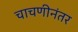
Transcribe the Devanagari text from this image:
चाचणीनंतर